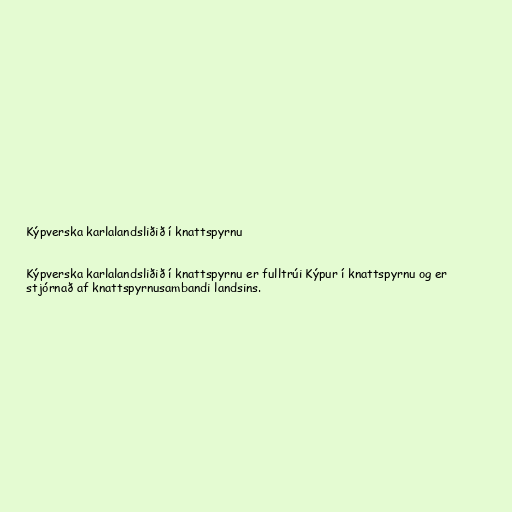
Kýpverska karlalandsliðið í knattspyrnu

Kýpverska karlalandsliðið í knattspyrnu er fulltrúi Kýpur í knattspyrnu og er
stjórnað af knattspyrnusambandi landsins.